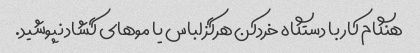
هنگام کار با دستگاه خردکن هرگز لباس یا موهای گشاد نپوشید.